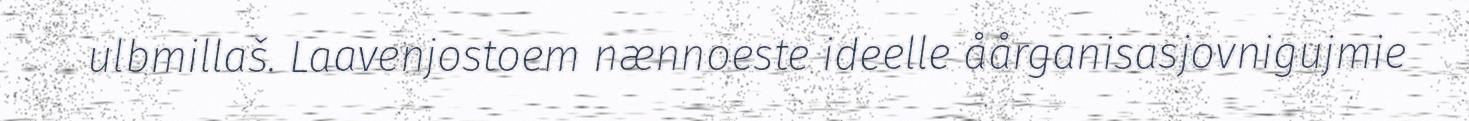
ulbmillaš. Laavenjostoem nænnoeste ideelle åårganisasjovnigujmie